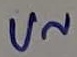
Text: U~